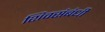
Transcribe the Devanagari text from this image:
शिवसंबंधी